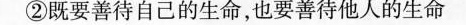
②既要善待自己的生命，也要善待他人的生命